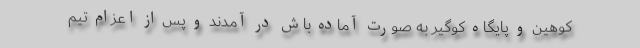
کوهین و پایگاه کوگیر به صورت آماده باش در آمدند و پس از اعزام تیم